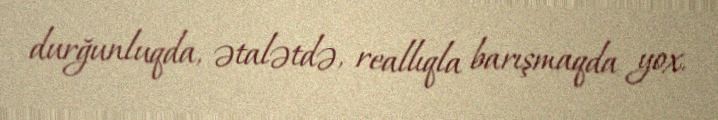
durğunluqda, ətalətdə, reallıqla barışmaqda yox.